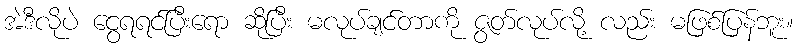
အဲဒီလိုပဲ ငွေရရင်ပြီးရော ဆိုပြီး မလုပ်ချင်တာကို ဇွတ်လုပ်လို့ လည်း မဖြစ်ပြန်ဘူး။